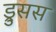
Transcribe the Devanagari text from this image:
ड्रुसस